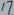
Text: 17